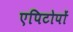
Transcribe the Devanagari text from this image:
एपिटोपों